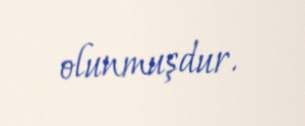
olunmuşdur.